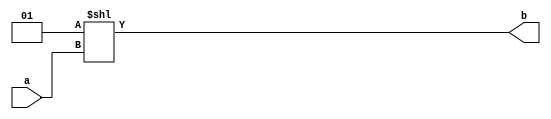

module Dec(a, b) ;  //this is from slide set 6.
  parameter n=2 ;
  parameter m=4 ;

  input  [n-1:0] a ;
  output [m-1:0] b ;

  wire [m-1:0] b = 1 << a ;
endmodule